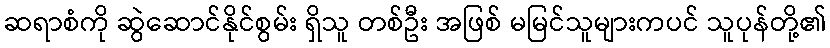
ဆရာစံကို ဆွဲဆောင်နိုင်စွမ်း ရှိသူ တစ်ဦး အဖြစ် မမြင်သူများကပင် သူပုန်တို့၏